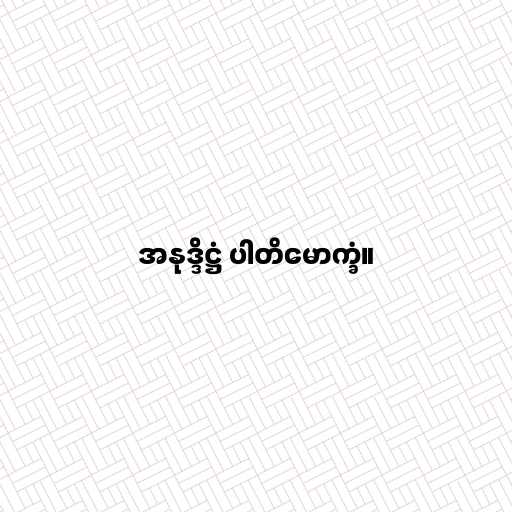
အနုဒ္ဒိဋ္ဌံ ပါတိမောက္ခံ။